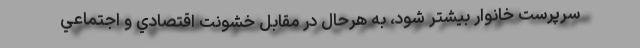
سرپرست خانوار بيشتر شود، به هرحال در مقابل خشونت اقتصادي و اجتماعي